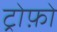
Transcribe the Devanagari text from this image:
ट्रोफ़ो